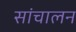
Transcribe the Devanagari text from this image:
सांचालन